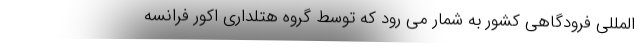
المللی فرودگاهی کشور به شمار می رود که توسط گروه هتلداری اکور فرانسه